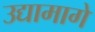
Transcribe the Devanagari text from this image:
उद्यामागे